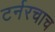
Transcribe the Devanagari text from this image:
टर्नरचाच